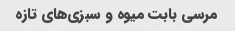
مرسی بابت میوه و سبزی‌های تازه